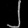
Digit: ၂